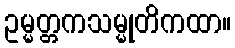
ဥမ္မတ္တကသမ္မုတိကထာ။